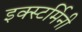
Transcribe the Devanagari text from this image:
इक्स्टर्मिनी